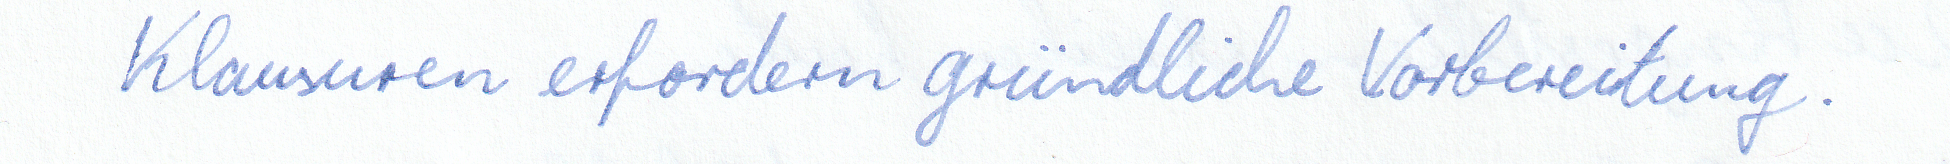
Klausuren erfordern gründliche Vorbereitung.